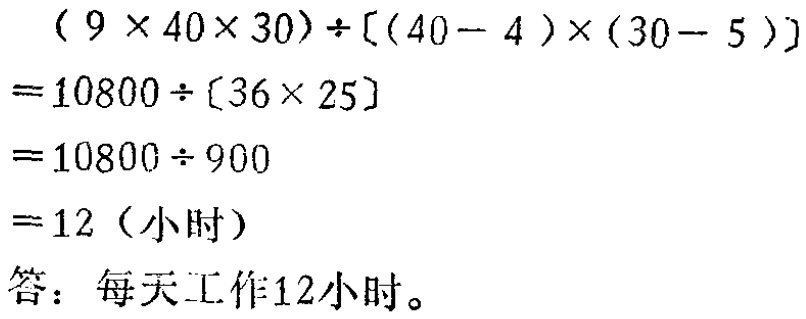
\[
\begin{align*}
&(9\times40\times30)\div[(40 - 4)\times(30 - 5)]\\
=&10800\div[36\times25]\\
=&10800\div900\\
=&12 \text{（小时）}
\end{align*}
\]
答：每天工作12小时。